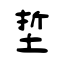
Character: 埑